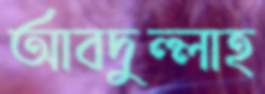
আবদুল্লাহ